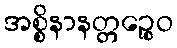
အစ္စိနာနတ္တဉ္စေဝ